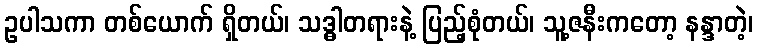
ဥပါသကာ တစ်ယောက် ရှိတယ်၊ သဒ္ဓါတရားနဲ့ ပြည့်စုံတယ်၊ သူ့ဇနီးကတော့ နန္ဒာတဲ့၊